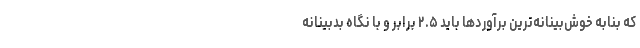
که بنابه خوش‌بینانه‌ترین برآوردها باید ۲.۵ برابر و با نگاه بدبینانه